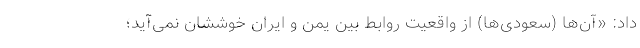
داد: «آن‌ها (سعودی‌ها) از واقعیت روابط بین یمن و ایران خوششان نمی‌آید؛